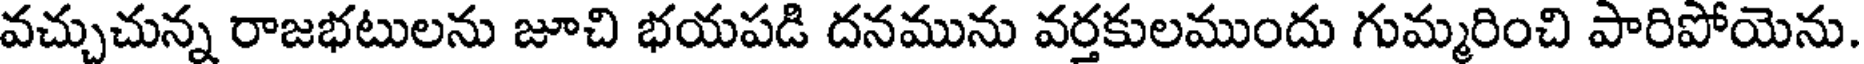
వచ్చుచున్న రాజభటులను జూచి భయపడి దనమును వర్తకులముందు గుమ్మరించి పారిపోయెను.